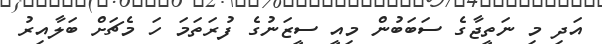
އަދި މި ނަތީޖާގެ ސަބަބުން މިއީ ސީޒަނުގެ ފުރަތަމަ ހަ މެޗަށް ބަލާއިރު